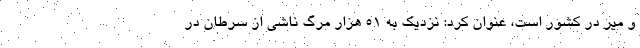
و میر در کشور است، عنوان کرد: نزدیک به 51 هزار مرگ ناشی از سرطان در